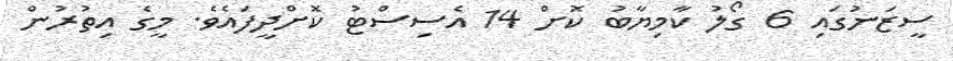
ސީޒަނުގައި 6 ގޯލު ކާމިޔާބު ކޮށް 14 އެސިސްޓު ކޮށްދީފައެވެ. މީގެ އިތުރުން